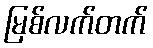
မြစ်လက်တက်